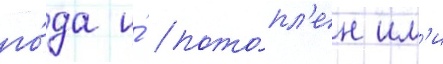
го́да и́ пото́пл'ен им'и